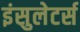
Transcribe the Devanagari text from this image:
इंसुलेटर्स